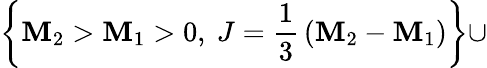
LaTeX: \left\{ \mathbf{M}_{2}>\mathbf{M}_{1}>0,~J={\frac{{1}}{{3}}}\left(\mathbf{M}_{2}-\mathbf{M}_{1}\right)\right\} \cup